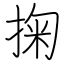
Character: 掬